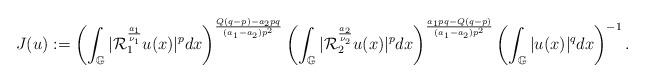
LaTeX: \begin{align*}J(u):=\left(\int_{\mathbb{G}}|\mathcal{R}_{1}^{\frac{a_{1}}{\nu_{1}}}u(x)|^{p}dx\right)^{\frac{Q(q-p)-a_{2}pq}{(a_{1}-a_{2})p^{2}}}\left(\int_{\mathbb{G}}|\mathcal{R}_{2}^{\frac{a_{2}}{\nu_{2}}}u(x)|^{p}dx\right)^{\frac{a_{1}pq-Q(q-p)}{(a_{1}-a_{2})p^{2}}}\left(\int_{\mathbb{G}}|u(x)|^{q}dx\right)^{-1}.\end{align*}